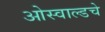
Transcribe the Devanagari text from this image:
ओस्वाल्डचे